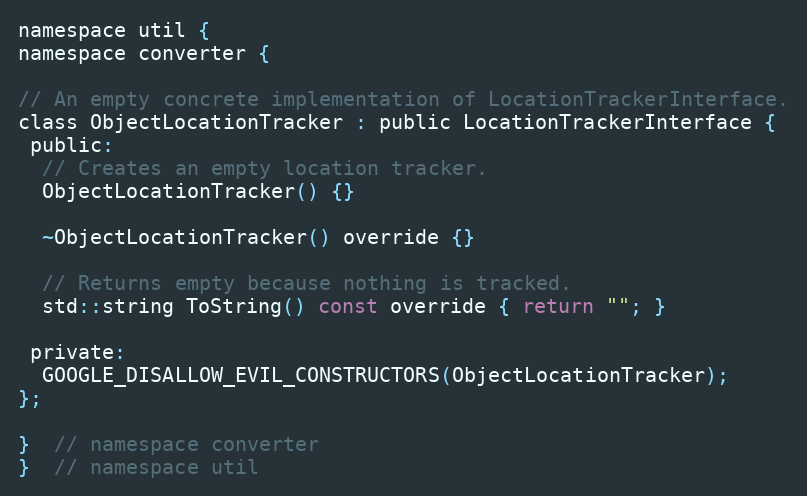
Language: C
namespace util {
namespace converter {

// An empty concrete implementation of LocationTrackerInterface.
class ObjectLocationTracker : public LocationTrackerInterface {
 public:
  // Creates an empty location tracker.
  ObjectLocationTracker() {}

  ~ObjectLocationTracker() override {}

  // Returns empty because nothing is tracked.
  std::string ToString() const override { return ""; }

 private:
  GOOGLE_DISALLOW_EVIL_CONSTRUCTORS(ObjectLocationTracker);
};

}  // namespace converter
}  // namespace util